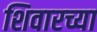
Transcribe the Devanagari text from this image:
शिवारच्या